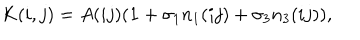
K ( i , j ) = A ( i j ) ( { \bf 1 } + \sigma _ { 1 } n _ { 1 } ( i j ) + \sigma _ { 3 } n _ { 3 } ( i j ) ) ,